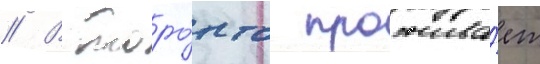
// В торо́нто прожива́ет